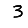
Digit: 3